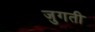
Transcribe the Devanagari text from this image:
जुगती